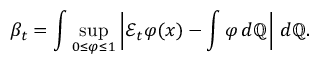
\beta _ { t } = \int \operatorname* { s u p } _ { 0 \leq \varphi \leq 1 } \left| { \mathcal { E } } _ { t } \varphi ( x ) - \int \varphi \, d \mathbb { Q } \right| \, d \mathbb { Q } .